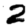
Digit: 2